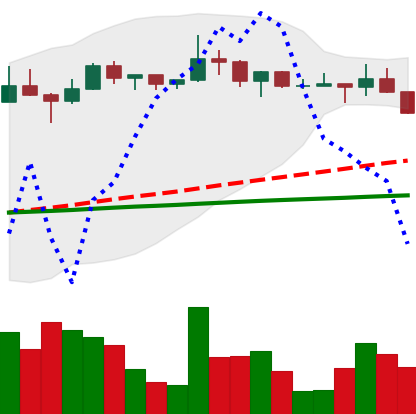
Ticker: LTC-USD
Chart end date: 2022-12-15
Forward return: -9.109%
Label: down_7plus